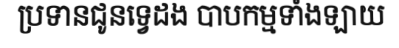
ប្រទានជូនទ្វេដង បាបកម្មទាំងឡាយ